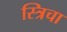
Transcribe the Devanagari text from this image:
स्त्रिचा